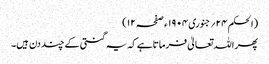
(الحکم ۲۴؍جنوری ۱۹۰۴ ء صفحہ ۱۲)
پھر اللہ تعالیٰ فرماتاہے کہ یہ گنتی کے چند دن ہیں۔